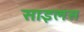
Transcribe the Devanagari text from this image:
साइलस